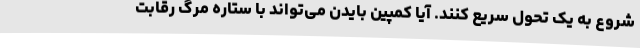
شروع به یک تحول سریع کنند. آیا کمپین بایدن می‌تواند با ستاره مرگ رقابت